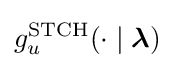
g_{u}^{\mathrm {STCH} }(\cdot \mid {\boldsymbol {\lambda }})